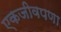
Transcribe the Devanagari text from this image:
एकजीवपणा